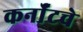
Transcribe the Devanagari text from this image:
कर्नॉटचे